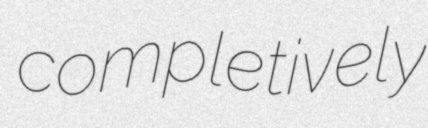
completively